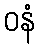
ဝနံ